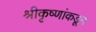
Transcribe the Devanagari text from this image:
श्रीकृष्णांकडून